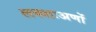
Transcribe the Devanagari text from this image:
लक्शःअणों